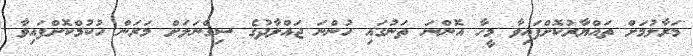
މަރާލުމަށް ތައްޔާރުކޮށްފައިވާ މީހާ އޮންނަ ތަނުގައި ހުންނަ ޖައްލާދުގެ ސިގްނަލަށް މަރަން ހުކުމްކޮށްފައިވާ